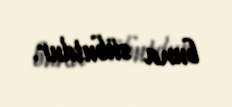
buna sübutdur.